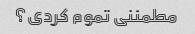
مطمئنی تموم کردی؟